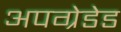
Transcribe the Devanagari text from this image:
अपग्रेडेड